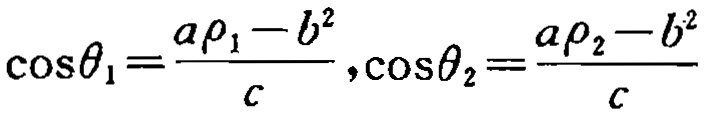
\(\cos\theta_{1}=\frac{a\rho_{1}-b^{2}}{c},\cos\theta_{2}=\frac{a\rho_{2}-b^{2}}{c}\)